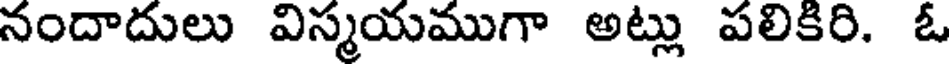
నందాదులు విస్మయముగా అట్లు పలికిరి. ఓ